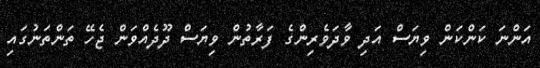
އަންނަ ކަންކަން ވިޔަސް އަދި ވާދަވެރިންގެ ފަރާތުން ވިޔަސް ދޫދެއްވަން ޖެހޭ ތަންތަނުގައި